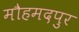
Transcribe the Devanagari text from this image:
मौहमदपुर